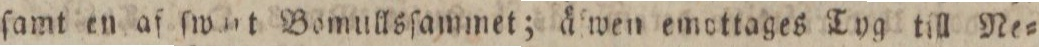
ſamt en af ſwart Bomullsſammet; åſwen emottages Tyg till Ne=